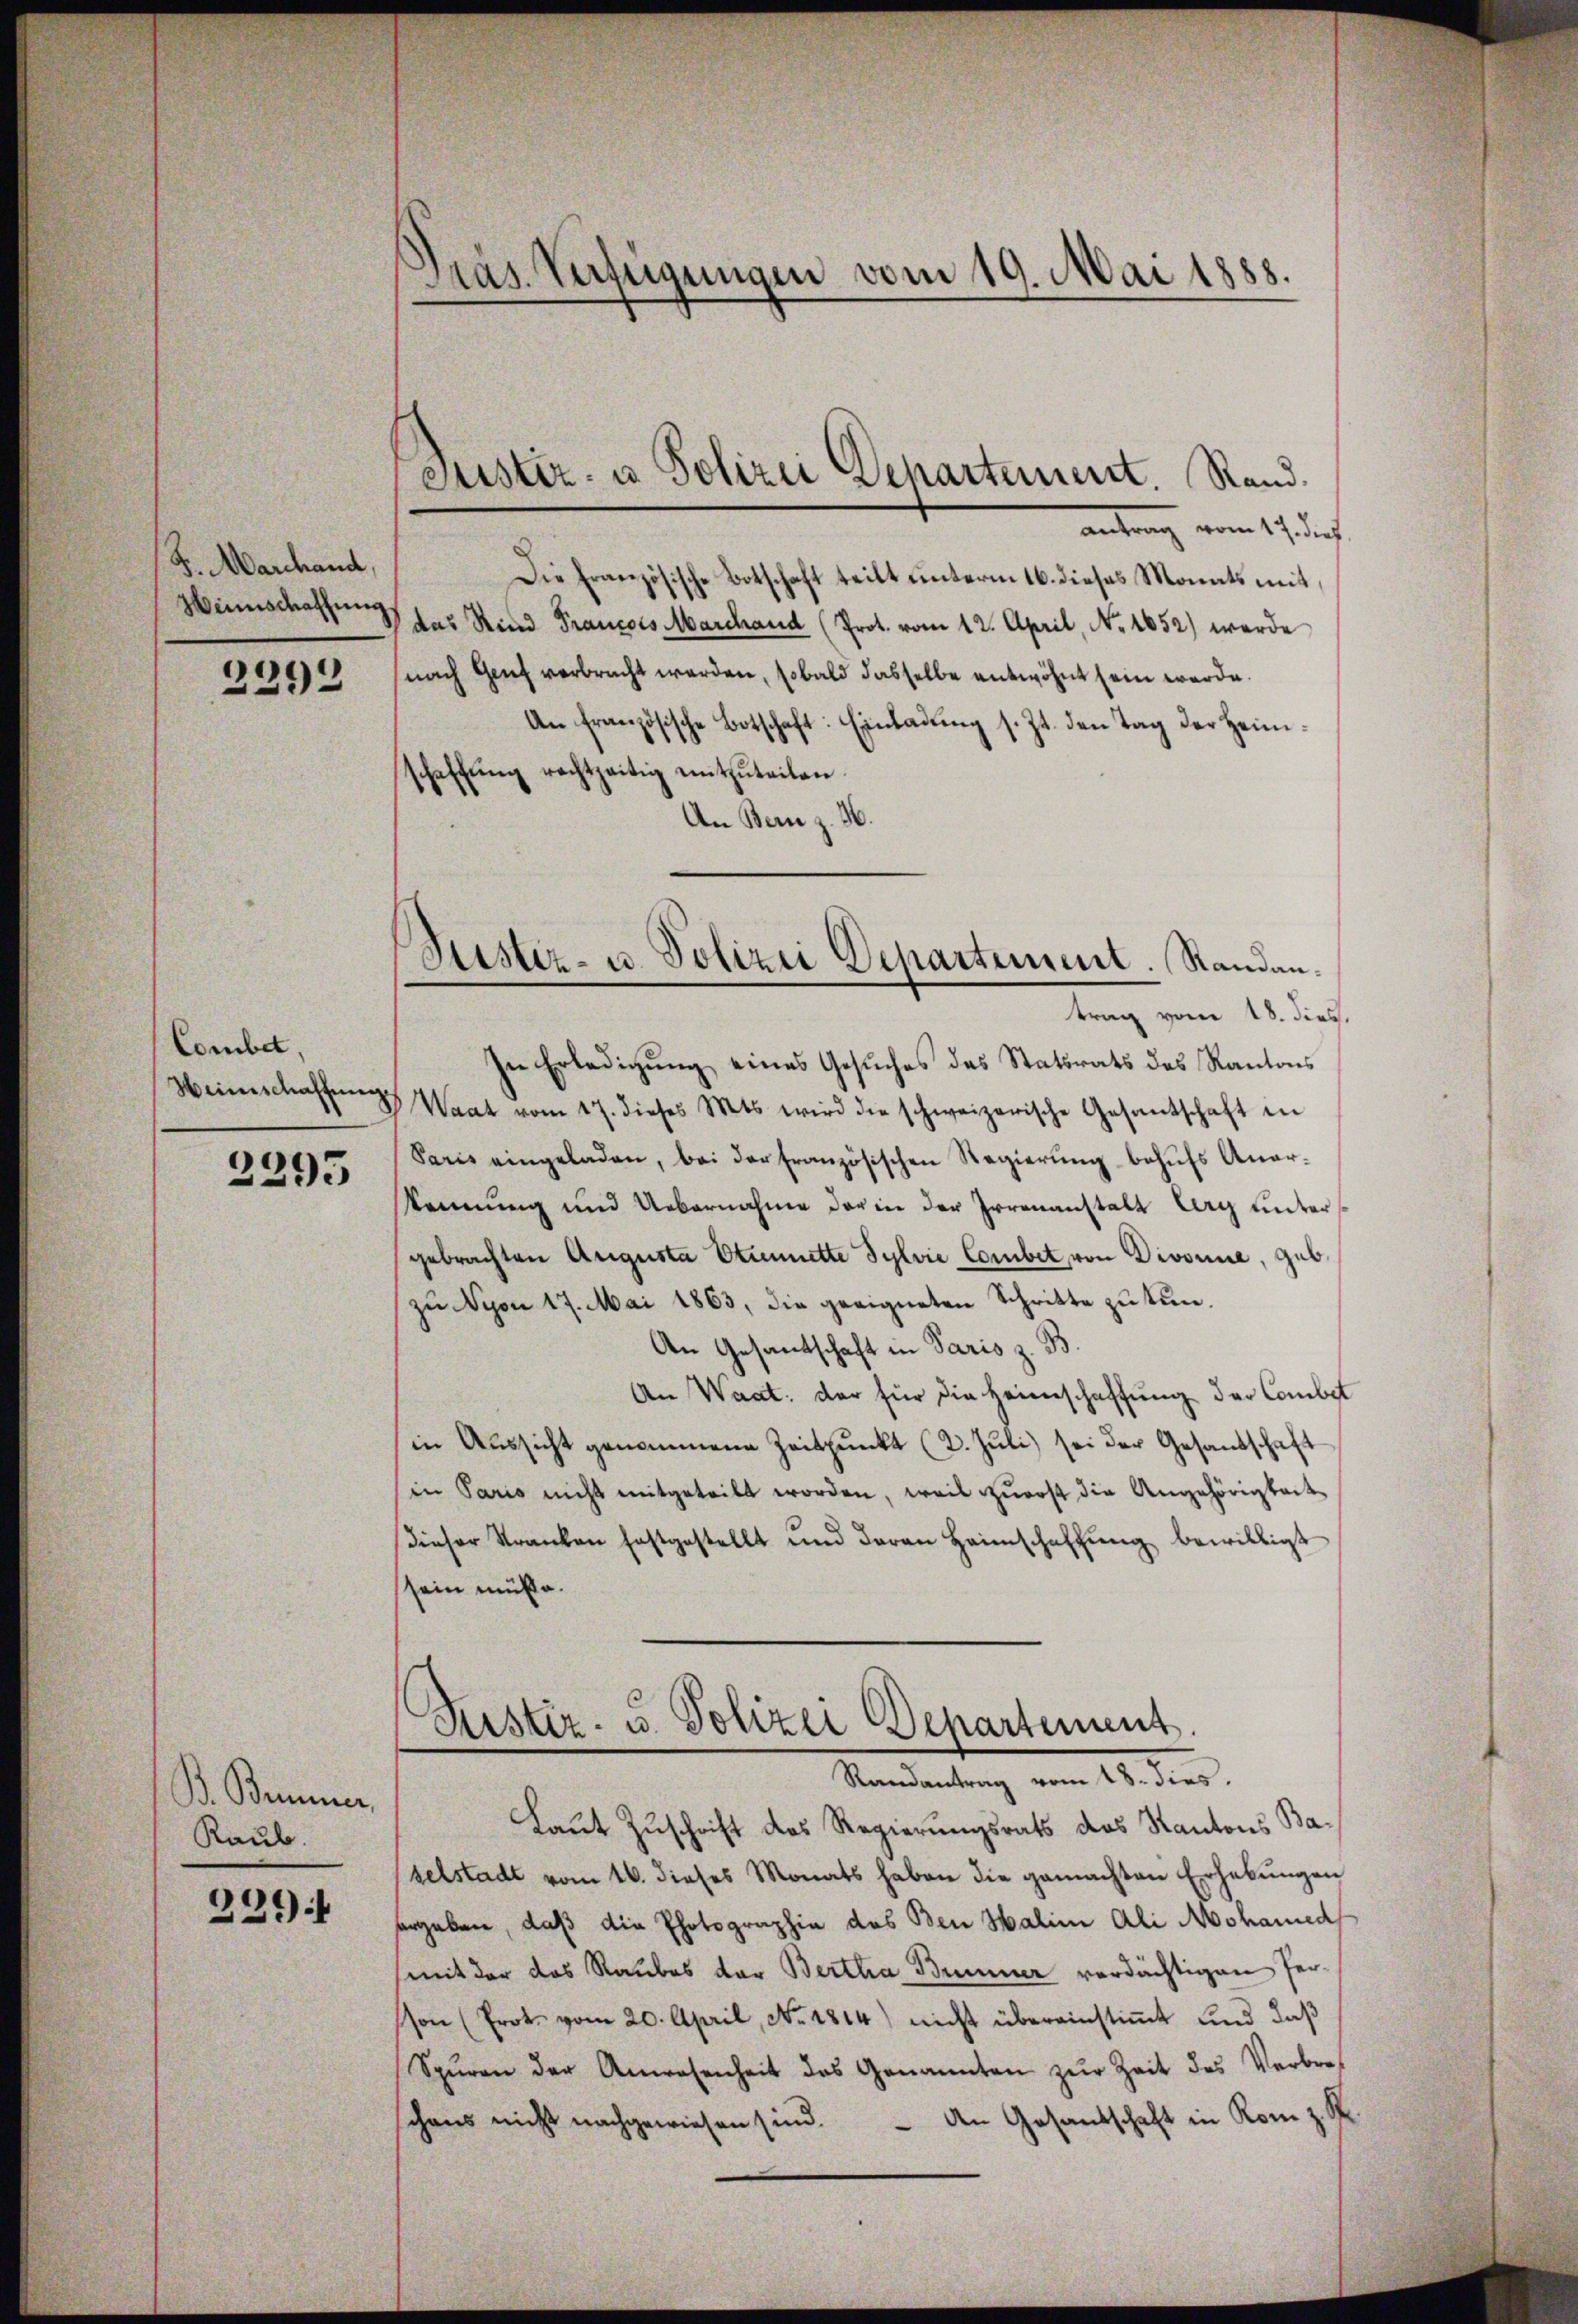
F. Marchand,
Weinschaffung

2392

Combet.
Heinschaffnen.

2295

B. Bemer
Raub.

221 f

Gras Verfügungen vom 19. Mai 1888.

Justiz- u Polizei Dehartement. Rand.

Lister- u. Polizei Departement. Randan¬

antrag vom 17. dies
Die Französische Botschaft teilt unterm 16. dieses Monats mit,
das Rind Francois Marchaud (Prot. vom 12. April, No. 1852) werde
nach Genf verbracht werden, sobald dasselbe entwöhnt sein werde.
An französische Botschaft: Einladŭng s. Zt. den Tag der Heimschaffŭng rechtzeitig entzŭteilen.
An Bern z. H.
trag vom 18. dies.
In Erledigung eines Gesuches des Statsrats des Kantons
Waat vom 17. dieses Mts. wird die schweizerische Gesantschaft in
Paris eingeladen, bei der französischen Regierŭng behŭfs Anar-
kennung und Uebernahme der in der Irrenanstalt Ury unters
gebrachten Augusta Etienmitte Sylvie Corbit, von Divonne, geb.
zu Nyon 17. Mai 1863, die geeigneten Schritte zu tun.
An Gesandtschaft in Paris z. B.
An Waat: der für die Heimschaffung der Combil
in Aussicht genommene Zeitpunkt (2. Juli) sei der Gesandschaft
in Paris nicht mitgeteilt worden, weil zuerst die Angehörigkeit
Dieser Stranken festgestellt und daran Heimschaffŭng bewilligt
sein müße.
Puster- u. Polizei Departement.
Randantrag vom 18. dies
Laut Zuschrift des Regierungsrats das Kantons Baselstadt vom 16. dieses Monats haben die gemachten Erhebŭngen
ergaben, daß die Photographie des Ben Haline Ali Mohamed
(mit der das Raubes der Bertha Brunner verdächtigen Person (Erot vom 20. April, No. 1814) nicht übereinstiṁt und daß
Spŭren der Anwesenheit das Genannten zŭr Zeit des Verbrechens nicht nachgewiesen sind. An Gesandschaft in Rom z. R.